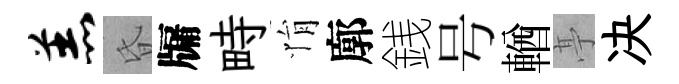
羔昏牖畤悁廓銭号輶𠅘决